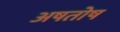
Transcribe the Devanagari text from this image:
अषतोष